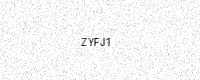
Text: ZYFJ1